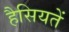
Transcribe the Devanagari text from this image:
हैसियतें